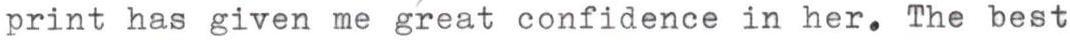
print has given me great confidence in her. The best